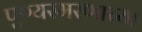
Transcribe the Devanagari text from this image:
पुण्यस्मरणाच्या